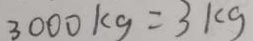
3 0 0 0 k g = 3 k g